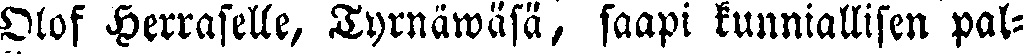
Olof Herrastlle, Tyrnäwäsä, saapi kunniallisen pal-